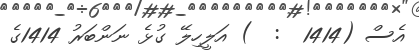
އެސް (1414  :  ) އަލީހިލޭ ގުޅެ ނަންބަރު 1414ގެ